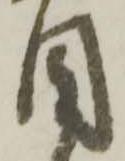
目